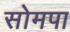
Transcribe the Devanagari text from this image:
सोमपा